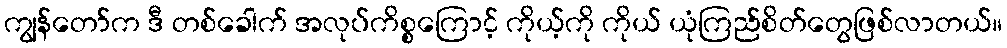
ကျွန်တော်က ဒီ တစ်ခေါက် အလုပ်ကိစ္စကြောင့် ကိုယ့်ကို ကိုယ် ယုံကြည်စိတ်တွေဖြစ်လာတယ်။